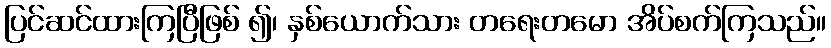
ပြင်ဆင်ထားကြပြီဖြစ် ၍၊ နှစ်ယောက်သား တရေးတမော အိပ်စက်ကြသည်။